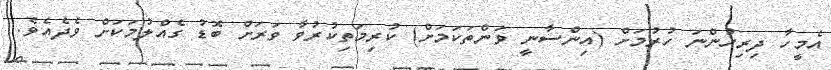
އެމީހާ ދިރިހުންނަ ހުރުމަށް (އިންސާނީ ވަންތަކަމަށް) ކުރިމަތިކުރުވާ ވަރަށް ބޮޑު ގެއްލުމަކަށް ވެދެއެވެ.